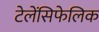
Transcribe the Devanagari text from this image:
टेलेंसिफेलिक